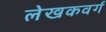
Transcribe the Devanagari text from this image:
लेखकवर्ग